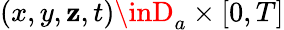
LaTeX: (x,y,\mathbf{z},t)\inD_{a}\times[0,T]